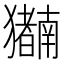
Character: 𬍍